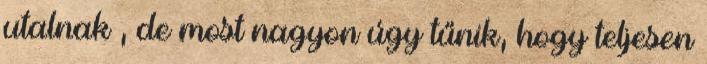
utalnak , de most nagyon úgy tűnik, hogy teljesen